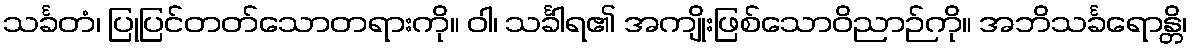
သင်္ခတံ၊ ပြုပြင်တတ်သောတရားကို။ ဝါ၊ သင်္ခါရ၏ အကျိုးဖြစ်သောဝိညာဉ်ကို။ အဘိသင်္ခရောန္တိ၊